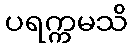
ပရက္ကမသိ